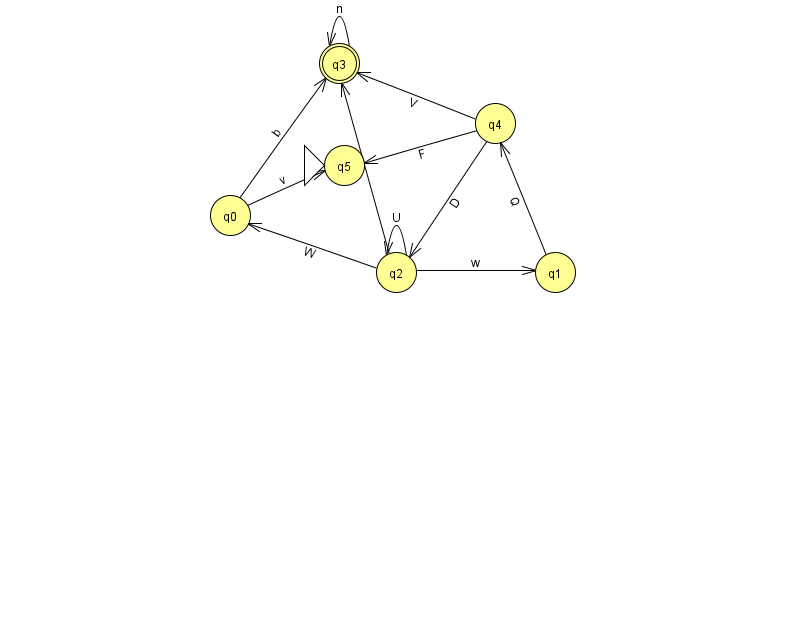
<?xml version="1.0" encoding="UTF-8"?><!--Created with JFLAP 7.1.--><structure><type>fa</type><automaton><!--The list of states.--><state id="0" name="q0"><x>230.0</x><y>202.0</y></state><state id="1" name="q1"><x>555.0</x><y>259.0</y></state><state id="2" name="q2"><x>396.0</x><y>259.0</y></state><state id="3" name="q3"><x>339.0</x><y>50.0</y><final/></state><state id="4" name="q4"><x>495.0</x><y>110.0</y></state><state id="5" name="q5"><x>344.0</x><y>152.0</y><initial/></state><!--The list of transitions.--><transition><from>1</from><to>4</to><read>Q</read></transition><transition><from>4</from><to>3</to><read>V</read></transition><transition><from>2</from><to>2</to><read>U</read></transition><transition><from>2</from><to>3</to><read>C</read></transition><transition><from>2</from><to>1</to><read>w</read></transition><transition><from>4</from><to>2</to><read>D</read></transition><transition><from>4</from><to>5</to><read>F</read></transition><transition><from>2</from><to>0</to><read>W</read></transition><transition><from>0</from><to>3</to><read>b</read></transition><transition><from>0</from><to>5</to><read>v</read></transition><transition><from>3</from><to>3</to><read>n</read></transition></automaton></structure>